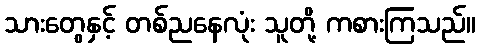
သားတွေနှင့် တစ်ညနေလုံး သူတို့ ကစားကြသည်။